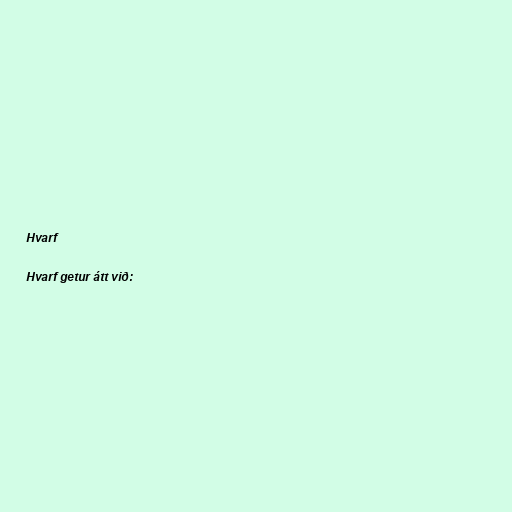
Hvarf

Hvarf getur átt við: